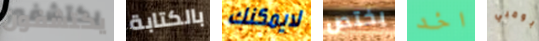
يكتشفون بالكتابة لايمكنك يختص اخد بومبي